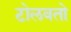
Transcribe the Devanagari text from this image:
टोलवतो